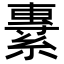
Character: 𦄯